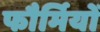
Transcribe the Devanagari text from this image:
फौर्मियों